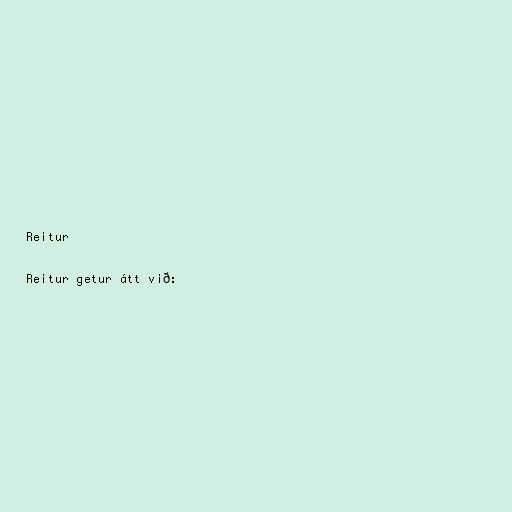
Reitur

Reitur getur átt við: